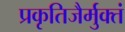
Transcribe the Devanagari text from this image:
प्रकृतिजैर्मुक्तं